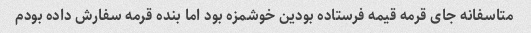
متاسفانه جای قرمه قیمه فرستاده بودین خوشمزه بود اما بنده قرمه سفارش داده بودم